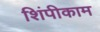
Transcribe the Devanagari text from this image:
शिंपीकाम